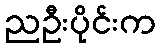
ညဦးပိုင်းက